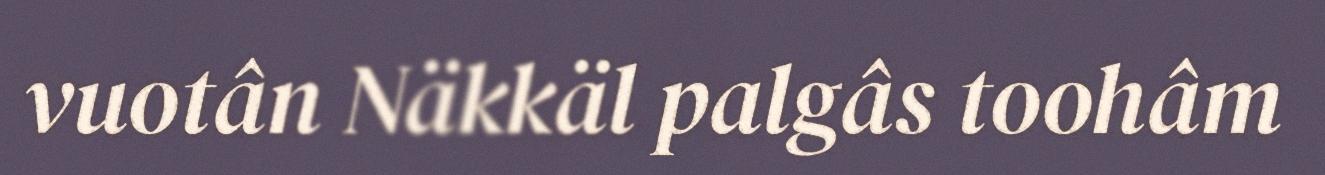
vuotân Näkkäl palgâs toohâm